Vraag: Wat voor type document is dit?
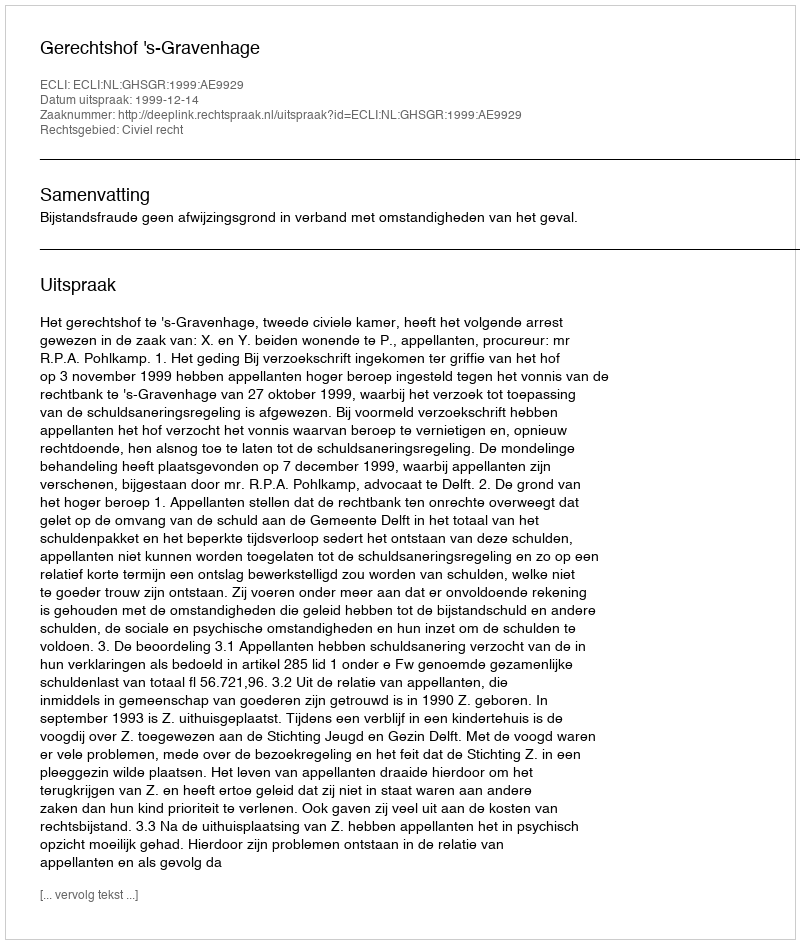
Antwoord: Uitspraak